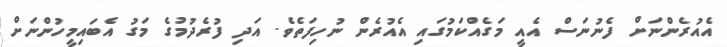
އެއުރެންނަށް ފެނުނަސް އެއީ މަގެއްކަމުގައި އެއުރެން ނުހިފަތެވެ. އަދި ފުރެދުމުގެ މަގު އެބައިމީހުންނަށް